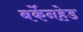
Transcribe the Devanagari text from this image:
बर्केनहेड